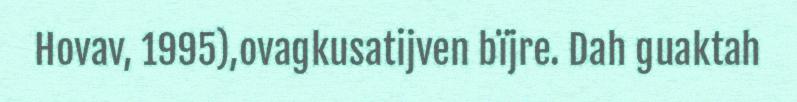
Hovav, 1995),ovagkusatijven bïjre. Dah guaktah